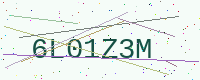
Text: 6L01Z3M